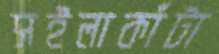
সইলাকাঁটা